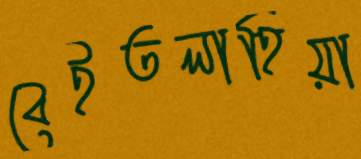
বেইতলাহিয়া